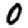
Digit: 0